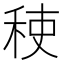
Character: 𮃂